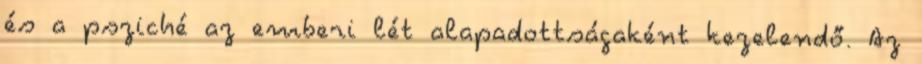
és a psziché az emberi lét alapadottságaként kezelendő. Az